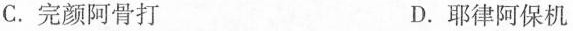
C.完颜阿骨打 D.耶律阿保机